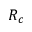
R _ { c }